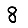
Digit: 8